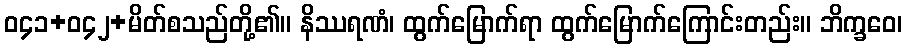
ဝ၄၁+ဝ၄၂+မိတ်စသည်တို့၏။ နိဿရဏံ၊ ထွက်မြောက်ရာ ထွက်မြောက်ကြောင်းတည်း။ ဘိက္ခဝေ၊